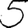
Digit: 5